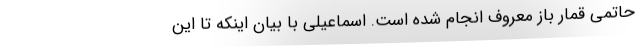
حاتمی قمار باز معروف انجام شده است. اسماعیلی با بیان اینکه تا این